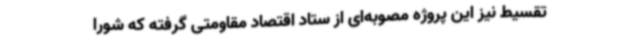
تقسیط نیز این پروژه مصوبه‌ای از ستاد اقتصاد مقاومتی گرفته که شورا